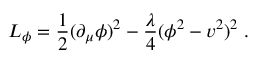
{ \cal { L } } _ { \phi } = \frac { 1 } { 2 } ( \partial _ { \mu } \phi ) ^ { 2 } - \frac { \lambda } { 4 } ( \phi ^ { 2 } - v ^ { 2 } ) ^ { 2 } \; .